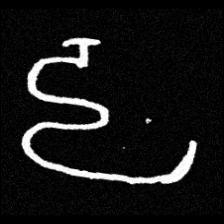
Pyu character \u2014 Myanmar letter: ဠ (romanized: lla)